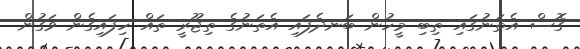
ގޮސް އެތަނުގައި ތިބި މީހުން ބަނދެފައި އެތަނުގެ ތިޖޫރީ ތައް ހިފައިގެން ވަގުން